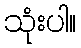
သုံးပါ။